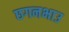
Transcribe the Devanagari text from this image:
छगनभाउ